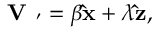
{ \bf V _ { \alpha \beta ^ { \prime } } } = \beta { \bf \hat { x } } + \lambda { \bf \hat { z } } ,